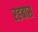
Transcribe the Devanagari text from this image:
रहबास